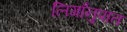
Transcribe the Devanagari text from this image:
लिगाँनुपात